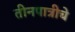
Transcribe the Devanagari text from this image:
तीनपात्रीचे